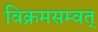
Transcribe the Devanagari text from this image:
विक्रमसम्वत्